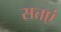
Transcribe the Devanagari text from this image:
सत्तएं